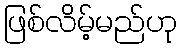
ဖြစ်လိမ့်မည်ဟု